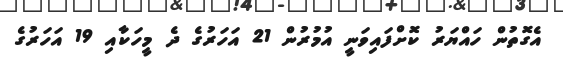
އެގޮތުން ހައްޔަރު ކޮށްފައިވަނީ އުމުރުން 21 އަހަރުގެ ދެ މީހަކާއި 19 އަހަރުގެ